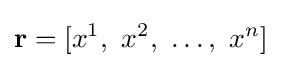
\mathbf {r} =[x^{1},\ x^{2},\ \dots ,\ x^{n}]